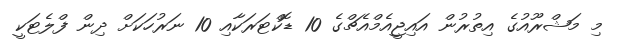
މި މަޝްރޫއުގެ އިތުރުން އައިޖީއެމްއެޗްގެ 10 ޑޮކްޓަރަކާއި 10 ނަރުހަކަށް ދިން ފްލެޓަކީ